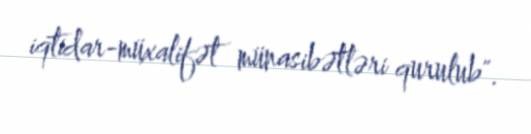
iqtidar-müxalifət münasibətləri qurulub".